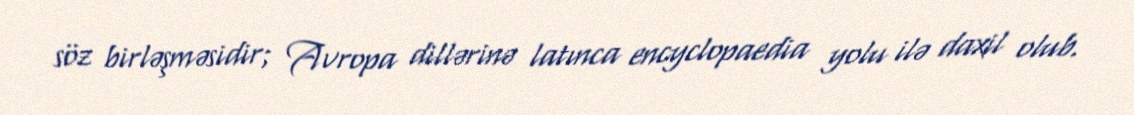
söz birləşməsidir; Avropa dillərinə latınca encyclopaedia yolu ilə daxil olub.